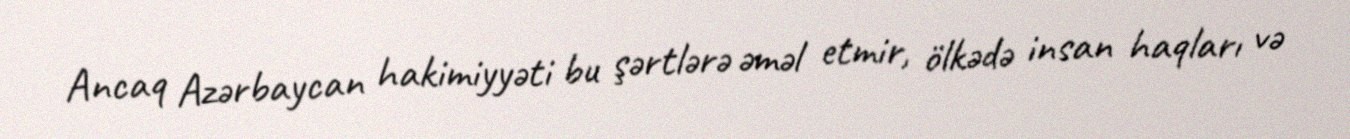
Ancaq Azərbaycan hakimiyyəti bu şərtlərə əməl etmir, ölkədə insan haqları və